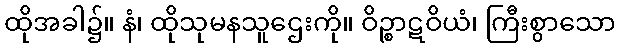
ထိုအခါ၌။ နံ၊ ထိုသုမနသူဌေးကို။ ဝိဉ္စာဋဝိယံ၊ ကြီးစွာသော